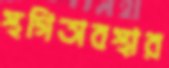
স্থগিতাবস্থার